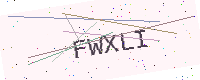
Text: FWXLI